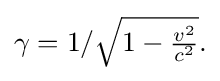
{\textstyle \gamma ={1}/{\sqrt {1-{\frac {v^{2}}{c^{2}}}}}.}